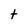
Character: t